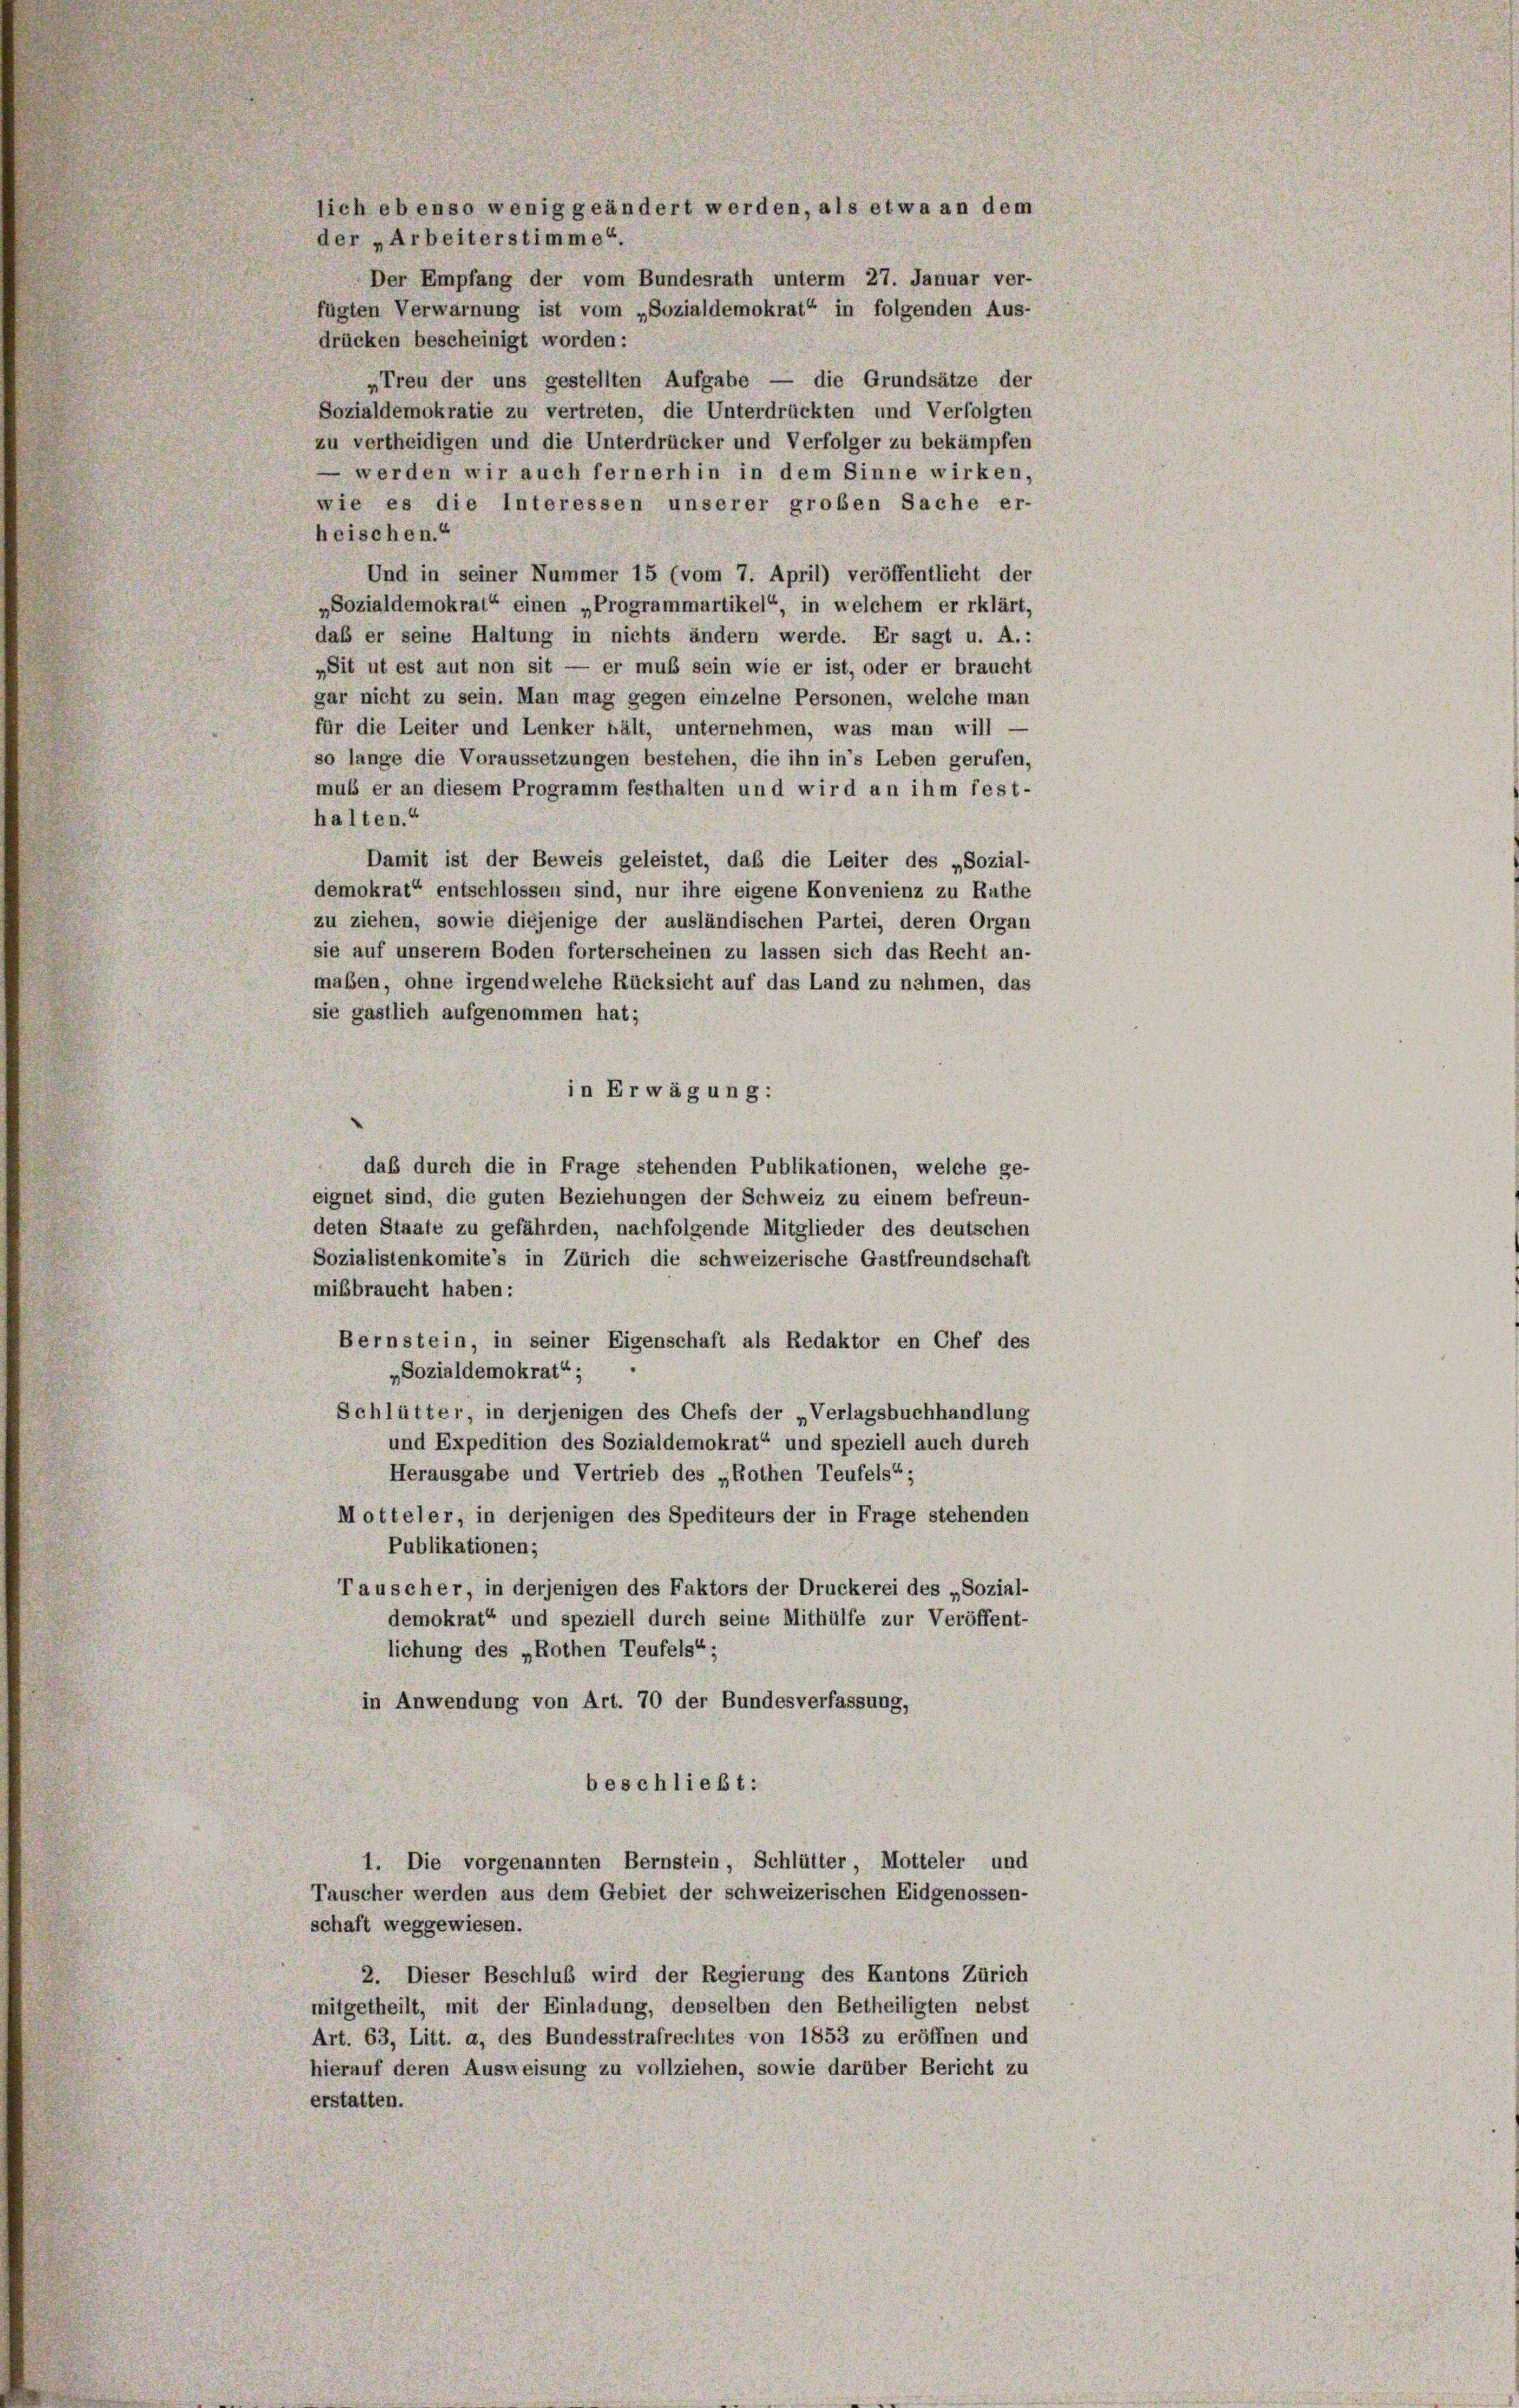
der „Arbeiterstimme“.
fügten Verwarnung ist vom „Sozialdemokrat“ in folgenden Aus-
drücken bescheinigt worden:
„Treu der uns gestellten Aufgabe — die Grundsätze der
Sozialdemokratie zu vertreten, die Unterdrückten und Verfolgten
zu vertheidigen und die Unterdrücker und Verfolger zu bekämpfen
— werden wir auch fernerhin in dem Sinne wirken,
wie es die Interessen unserer großen Sache er-
heischen.“
Und in seiner Nummer 15 (vom 7. April) veröffentlicht der
„Sozialdemokrat“ einen „Programmartikel“ in welchem er rklärt,
daß er seine Haltung in nichts ändern werde. Er sagt u. A. :
„Sit ut est aut non sit — er muß sein wie er ist, oder er braucht
gar nicht zu sein. Man mag gegen einzelne Personen, welche man
für die Leiter und Lenker hält, unternehmen, was man will —
so lange die Voraussetzungen bestehen, die ihn in’s Leben gerufen,
muss er an diesem Programm festhalten und wird an ihm fest-
halten.“
Damit ist der Beweis geleistet, daß die Leiter des „Sozial-
demokrat“ entschlossen sind, nur ihre eigene Konvenienz zu Rathe
zu ziehen, sowie diejenige der ausländischen Partei, deren Organ
sie auf unserem Boden forterscheinen zu lassen sich das Recht an-
maßen, ohne irgendwelche Rücksicht auf das Land zu nehmen, das
sie gastlich aufgenommen hat;
in Erwägung:
daß durch die in Frage stehenden Publikationen, welche ge-
eignet sind, die guten Beziehungen der Schweiz zu einem befreun-
deten Staate zu gefährden, nachfolgende Mitglieder des deutschen
Sozialistenkomite’s in Zürich die schweizerische Gastfreundschaft
mißbraucht haben:
Bernstein, in seiner Eigenschaft als Redaktor en Chef des
„Sozialdemokrat“ ;
Schlütter, in derjenigen des Chefs der „Verlagsbuchhandlung
und Expedition des Sozialdemokrat“ und speziell auch durch
Herausgabe und Vertrieb des „Rothen Teufels“;
Motteler, in derjenigen des Spediteurs der in Frage stehenden
Publikationen;
Tauscher, in derjenigen des Faktors der Druckerei des „Sozial-
demokrat“ und speziell durch seine Mithülfe zur Veröffent-
lichung des „Rothen Teufels“;
in Anwendung von Art. 70 der Bundesverfassung,
beschließt:
1. Die vorgenannten Bernstein, Schlütter, Motteler und
Tauscher werden aus dem Gebiet der schweizerischen Eidgenossen-
schaft weggewiesen.
2. Dieser Beschluß wird der Regierung des Kantons Zürich
mitgetheilt, mit der Einladung, denselben den Betheiligten nebst
Art. 63, Litt. a, des Bundesstrafrechtes von 1853 zu eröffnen und
hierauf deren Ausweisung zu vollziehen, sowie darüber Bericht zu
erstatten.

lich ebenso wenig geändert werden, als etwa an dem
Der Empfang der vom Bundesrath unterm 27. Januar ver-